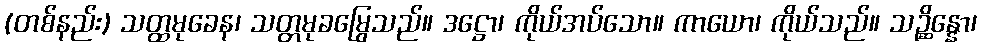
(တစ်နည်း) သတ္ထမုခေန၊ သတ္တမုခမြွေသည်။ ဒဋ္ဌော၊ ကိုယ်အပ်သော။ ကာယော၊ ကိုယ်သည်။ သဉ္ဆိန္နော၊